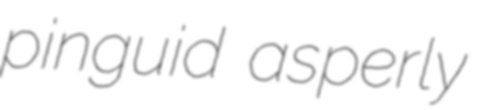
pinguid asperly